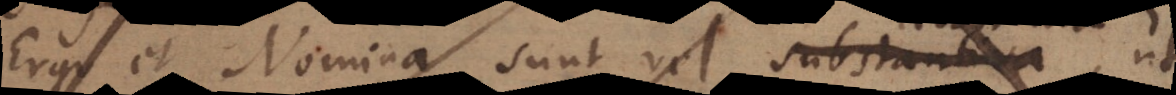
Ergo et Nomina sunt vel substantiva,, ut